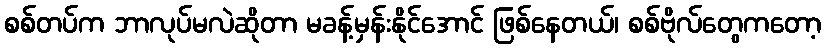
စစ်တပ်က ဘာလုပ်မလဲဆိုတာ မခန့်မှန်းနိုင်အောင် ဖြစ်နေတယ်၊ စစ်ဗိုလ်တွေကတော့